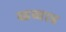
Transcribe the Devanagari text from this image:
खब्बाब